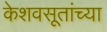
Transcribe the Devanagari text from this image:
केशवसूतांच्या